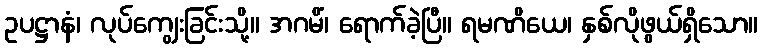
ဥပဋ္ဌာနံ၊ လုပ်ကျွေးခြင်းသို့။ အဂမိံ၊ ရောက်ခဲ့ပြီ။ ရမဏိယေ၊ နှစ်လိုဖွယ်ရှိသော။